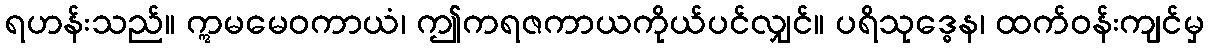
ရဟန်းသည်။ ဣမမေဝကာယံ၊ ဤကရဇကာယကိုယ်ပင်လျှင်။ ပရိသုဒ္ဓေန၊ ထက်ဝန်းကျင်မှ